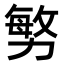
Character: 𭄼